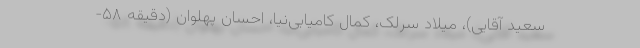
سعید آقایی)، میلاد سرلک، کمال کامیابی‌نیا، احسان پهلوان (دقیقه ۵۸-